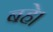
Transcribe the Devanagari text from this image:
बहे।